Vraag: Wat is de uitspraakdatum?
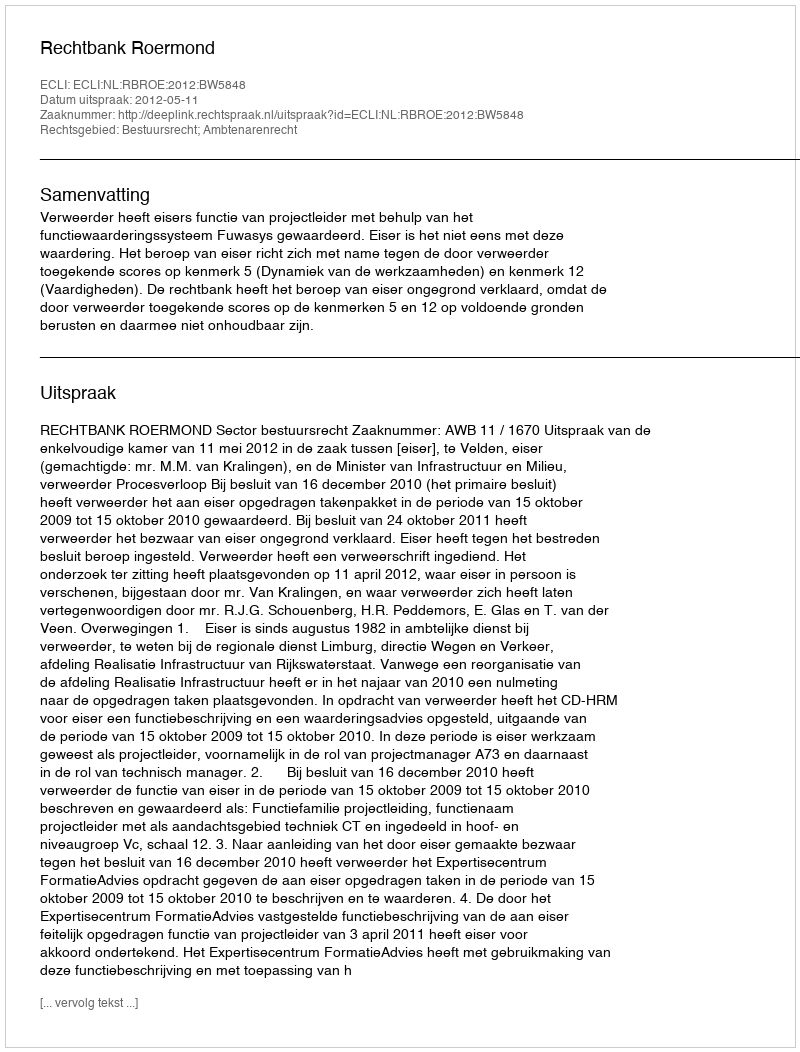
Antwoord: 2012-05-11